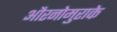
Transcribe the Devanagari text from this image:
औरनोमुराके